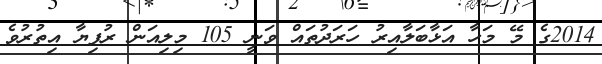
2014ގެ މޭ މަހާ އަޅާބަލާއިރު ހަރަދުތައް ވަނީ 105 މިލިއަން ރުފިޔާ އިތުރުވެ